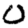
Digit: 0